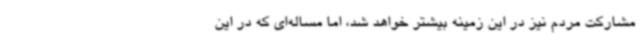
مشارکت مردم نیز در این زمینه بیشتر خواهد شد، اما مساله‌ای که در این